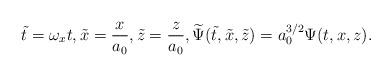
LaTeX: \begin{align*}\tilde t={\omega}_x t,\tilde x=\frac{x}{a_0},\tilde z=\frac{z}{a_0},\widetilde \Psi(\tilde t,\tilde x,\tilde z)=a_0^{3/2}\Psi(t,x,z).\end{align*}